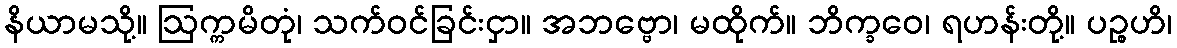
နိယာမသို့။ ဩက္ကမိတုံ၊ သက်ဝင်ခြင်းငှာ။ အဘဗ္ဗော၊ မထိုက်။ ဘိက္ခဝေ၊ ရဟန်းတို့။ ပဉ္စဟိ၊